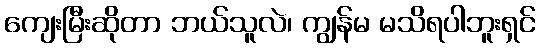
ကျေးမြီးဆိုတာ ဘယ်သူလဲ၊ ကျွန်မ မသိရပါဘူးရှင်